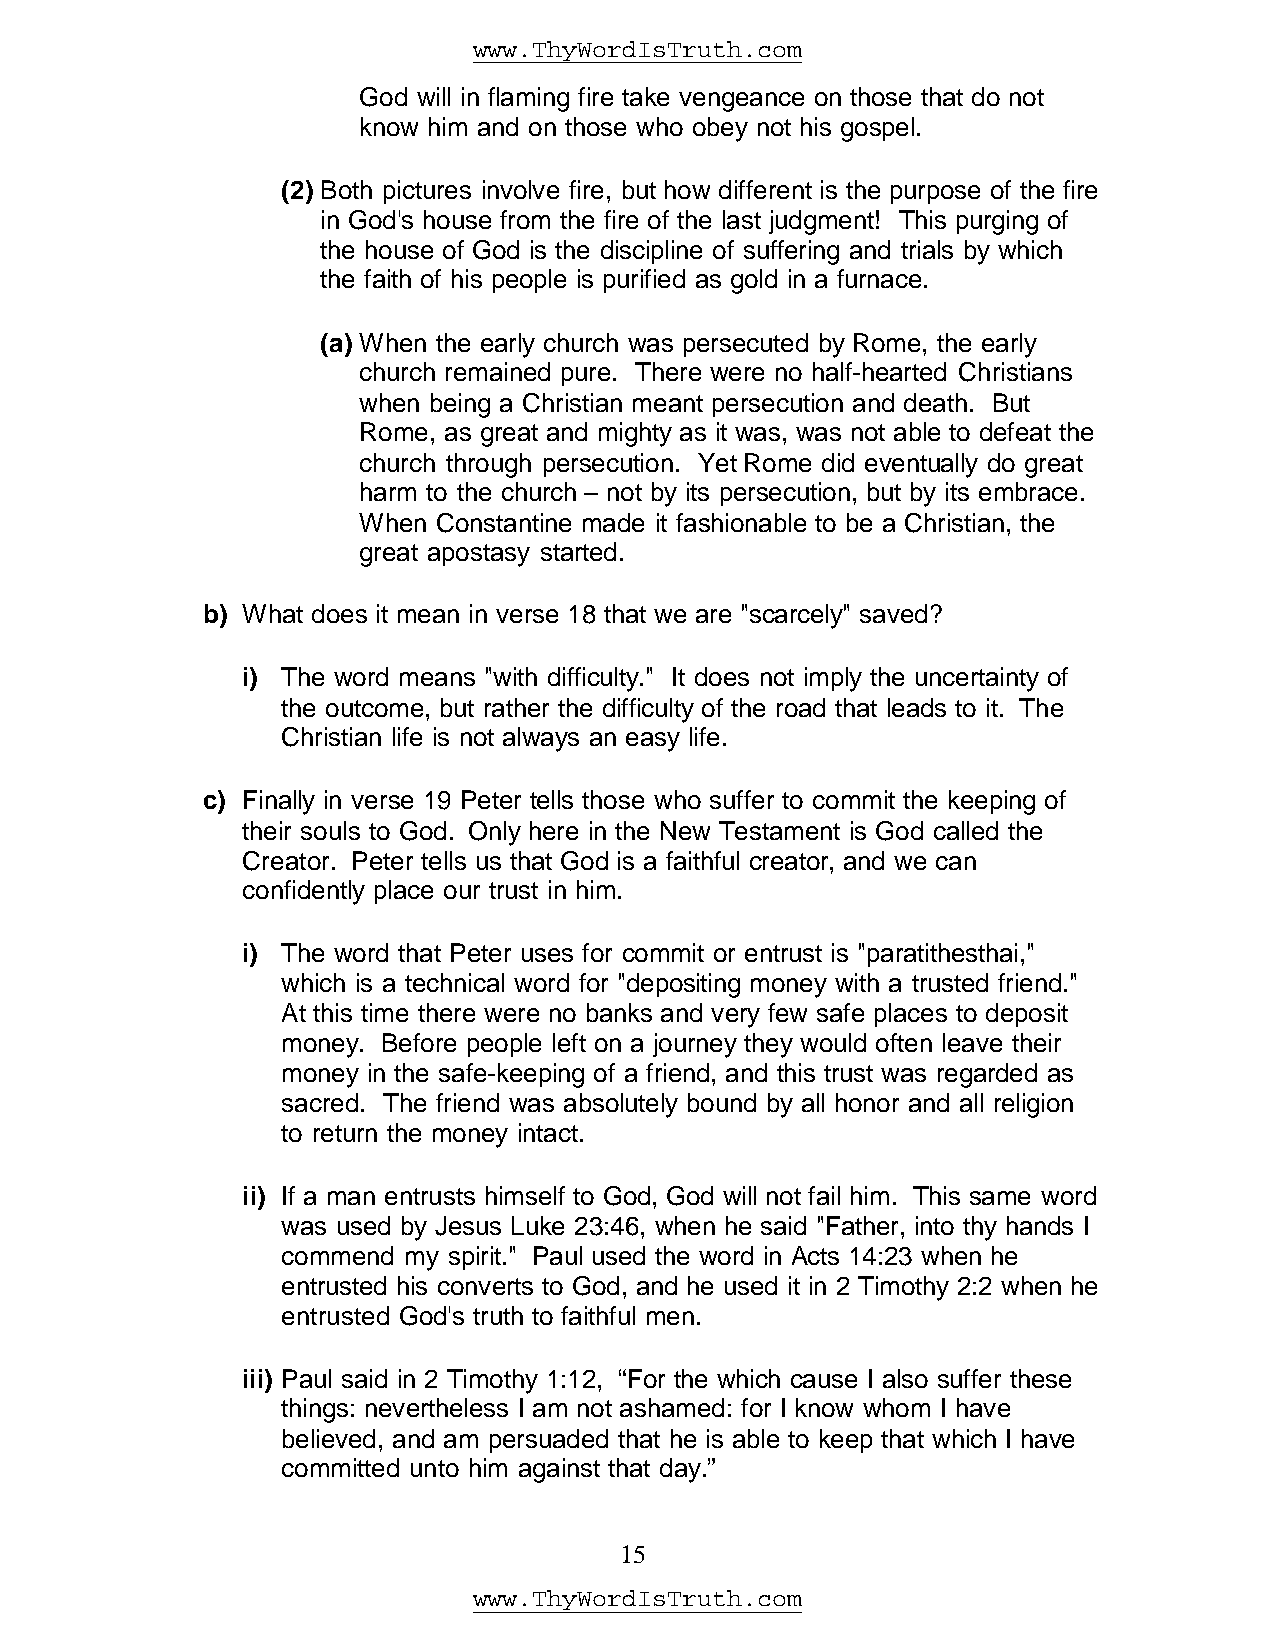
www.ThyWordIsTruth.com
 God will in flaming fire take vengeance on those that do not
 know him and on those who obey not his gospel.
 (2) Both pictures involve fire, but how different is the purpose of the fire
 in God's house from the fire of the last judgment! This purging of
 the house of God is the discipline of suffering and trials by which
 the faith of his people is purified as gold in a furnace.
 (a) When the early church was persecuted by Rome, the early
 church remained pure. There were no half-hearted Christians
 when being a Christian meant persecution and death. But
 Rome, as great and mighty as it was, was not able to defeat the
 church through persecution. Yet Rome did eventually do great
 harm to the church – not by its persecution, but by its embrace.
 When Constantine made it fashionable to be a Christian, the
 great apostasy started.
 b) What does it mean in verse 18 that we are "scarcely" saved?
 i) The word means "with difficulty." It does not imply the uncertainty of
 the outcome, but rather the difficulty of the road that leads to it. The
 Christian life is not always an easy life.
 c) Finally in verse 19 Peter tells those who suffer to commit the keeping of
 their souls to God. Only here in the New Testament is God called the
 Creator. Peter tells us that God is a faithful creator, and we can
 confidently place our trust in him.
 i) The word that Peter uses for commit or entrust is "paratithesthai,"
 which is a technical word for "depositing money with a trusted friend."
 At this time there were no banks and very few safe places to deposit
 money. Before people left on a journey they would often leave their
 money in the safe-keeping of a friend, and this trust was regarded as
 sacred. The friend was absolutely bound by all honor and all religion
 to return the money intact.
 ii) If a man entrusts himself to God, God will not fail him. This same word
 was used by Jesus Luke 23:46, when he said "Father, into thy hands I
 commend my spirit." Paul used the word in Acts 14:23 when he
 entrusted his converts to God, and he used it in 2 Timothy 2:2 when he
 entrusted God's truth to faithful men.
 iii) Paul said in 2 Timothy 1:12, “For the which cause I also suffer these
 things: nevertheless I am not ashamed: for I know whom I have
 believed, and am persuaded that he is able to keep that which I have
 committed unto him against that day.”
 15
 www.ThyWordIsTruth.com